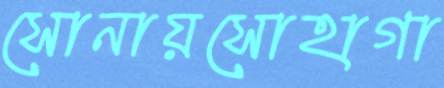
সোনায়সোহাগা